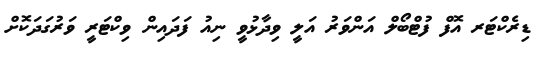
ޑިރެކްޓަރ އޮފް ފުޓްބޯލް އަންވަރު އަލީ ވިދާޅުވީ ނިއު ފަދައިން ވިކްޓަރީ ވަރުގަދަކޮށް